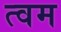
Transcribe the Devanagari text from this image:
त्वम